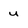
Character: u